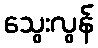
သွေးလွန်